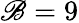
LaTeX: \mathscr{B}=9